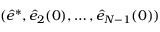
( \hat { e } ^ { * } , \hat { e } _ { 2 } ( 0 ) , \dots , \hat { e } _ { N - 1 } ( 0 ) )